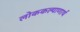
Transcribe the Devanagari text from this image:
लोककल्याणार्थ